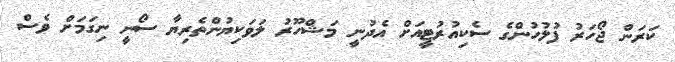
ކަރަން ޖޯހަރު ފުލުހުންގެ ސެކިއުރުޓީއަށް އެދުނީ މަޝްހޫރު ލަވަކިޔުންތެރިޔާ ސޯނީ ނިގަމަށް ވެސް